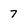
Character: 7